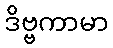
ဒိဗ္ဗကာမာ